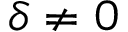
\delta \neq 0